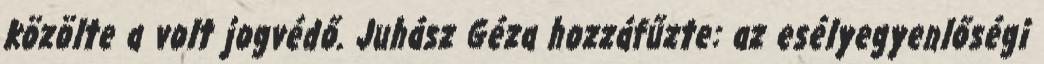
közölte a volt jogvédő. Juhász Géza hozzáfűzte: az esélyegyenlőségi